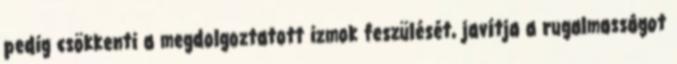
pedig csökkenti a megdolgoztatott izmok feszülését, javítja a rugalmasságot